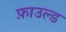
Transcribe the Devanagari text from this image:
फ़ाउल्ड